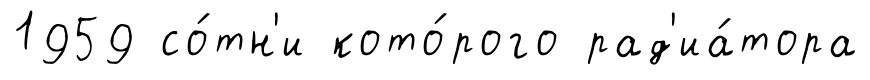
1959 со́тн'и кото́рого рад'иа́тора